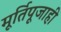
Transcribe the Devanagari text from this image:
मूर्तिपूजाही